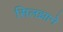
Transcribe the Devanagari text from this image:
सिलझाने